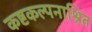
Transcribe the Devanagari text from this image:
कष्टकल्पनाश्रित